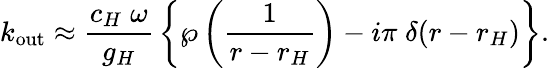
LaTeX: k_{\mathrm{out}}\approx{\frac{c_{H}\; \omega}{g_{H}}}\left\{ \wp\left({\frac{1}{r-r_{H}}}\right)-i\pi\; \delta(r-r_{H})\right\} .